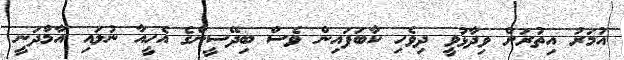
އުމަރު އިތުރަށް ވިދާޅުވީ ދިވެހި ކާބަފައިން ވެސް ބިދޭސީންގެ އެހީއާ ނުލައި އާމްދަނީ